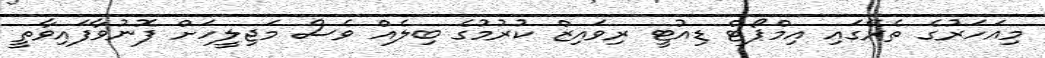
މިއަހަރުގެ ތެރޭގައި އިމްޕޯޓް ޑިއުޓީ ރިވައިޒް ކުރުމުގެ ބިލެއް ވެސް މަޖިލީހަށް ފޮނުވާފައިވާތީ